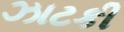
ઝાટકી